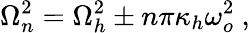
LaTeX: \Omega_{n}^{2}=\Omega_{h}^{2}\pm n\pi\kappa_{h}\omega_{o}^{2}\ ,